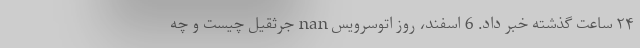
۲۴ ساعت گذشته خبر داد. 6 اسفند، روز اتوسرویس nan جرثقیل چیست و چه